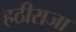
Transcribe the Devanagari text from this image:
हठीराजा